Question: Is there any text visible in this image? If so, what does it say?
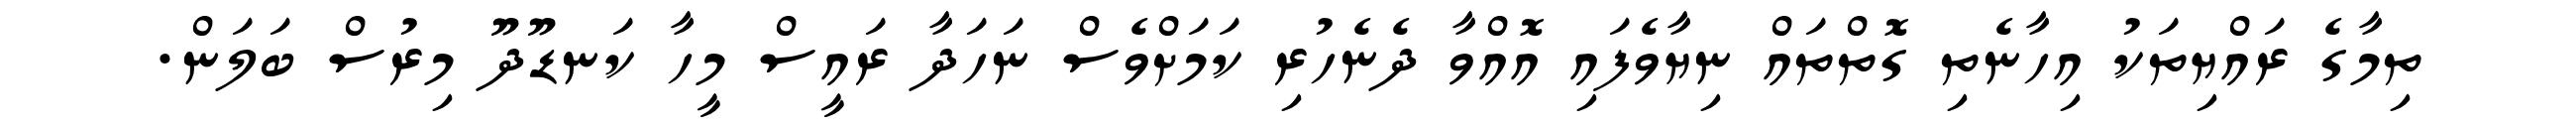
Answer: ތިމާގެ ރައްޔިތަކު އިހާނެތި ގޮތްތައް ނިޔާވެފައި އޮއްވާ ދެނެހުރި ކަމަށްވެސް ނަހަދާ ރައީސް މީހާ ކަނޑޫދޫ މިރުސް ބަލަން.